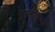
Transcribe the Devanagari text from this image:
मुरलीकृष्ण